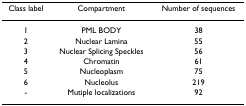
| Class label | Compartment | Number of sequences |
 | --- | --- | --- |
 | 1 | PML BODY | 38 |
 | 2 | Nuclear Lamina | 55 |
 | 3 | Nuclear Splicing Speckles | 56 |
 | 4 | Chromatin | 61 |
 | 5 | Nucleoplasm | 75 |
 | 6 | Nucleolus | 219 |
 | - | Mutiple localizations | 92 |